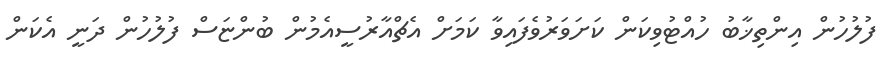
ފުލުހުން އިންތިޚާބު ހުއްޓުވިކަން ކަށަވަރުވެފައިވާ ކަމަށް އެޗްއާރުސީއެމުން ބުންޏަސް ފުލުހުން ދަނީ އެކަން